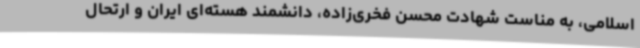
اسلامی، به مناست شهادت محسن فخری‌زاده، دانشمند هسته‌ای ایران و ارتحال